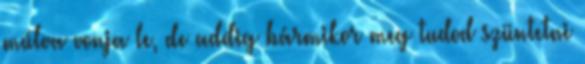
múlva vonja le, de addig bármikor meg tudod szüntetni